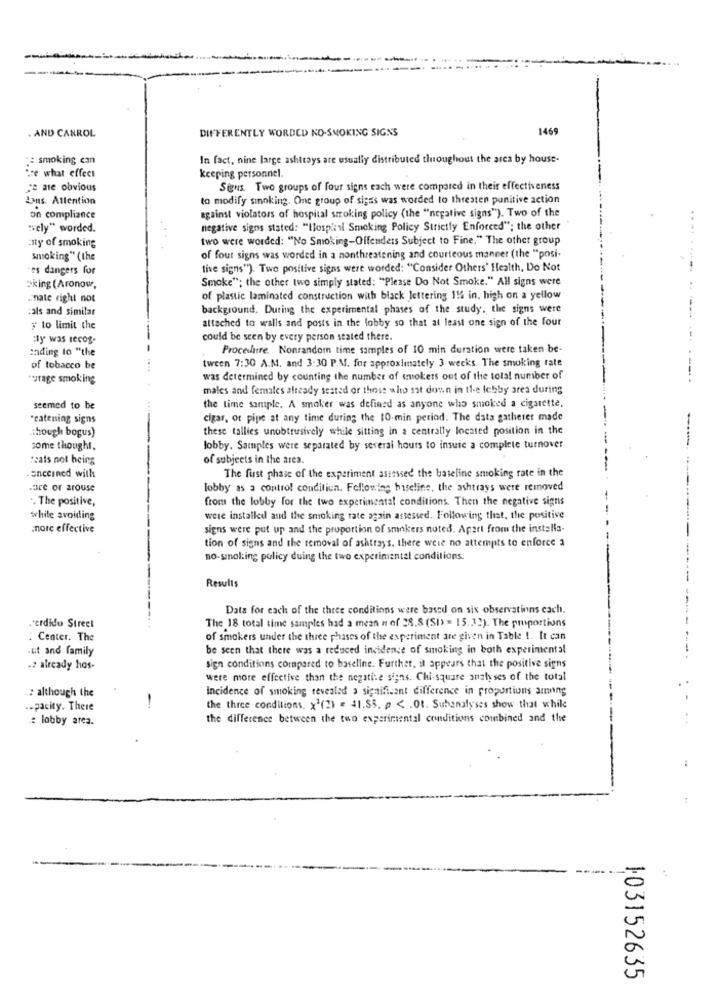
DIFFERENTLY WORDED NO-SMOKING SIGNS
1469
. AND CANROL
:: smoking can
In fact, nine large ashtrays are usually distributed throughout the area by house-
te what effect
keeping personnel.
je ne obvious
Signs. Two groups of four signs each were compared in their effectiveness
Jans. Attention
to modify smoking. One group of signs was worded to threaten punitive action
on compliance
against violators of hospital stroking policy (the "negative signs"). Two of the
"ely" worded.
negative signs stated: "Ilospiil Smoking Policy Strictly Enforced"; the other
Enty of smoking
two were worded: "No Smoking-Offenders Subject to Fine." The other group
smoking" (the
of four signs was worded in a nonthreatening and courteous manner (the "posi-
es dangers for
tive signs"). Two positive signs were worded: "Consider Others' Health, Do Not
.........
Smoke"; the other two simply stated: "Please Do Not Smoke." All signs were
»king (Aronow,
.. nate right not
of plastic laminated construction with black lettering 11 in, high on a yellow
:als and similar
background. During the experimental phases of the study. the signs were
attached to walls and posts in the lobby so that at least one sign of the four
y to limit the
:ty was tecog-
could be seen by every person stated there.
--.
zading to "the
Procedure. Nonrandom time samples of 10 min duration were taken be-
tween 7:30 A.M. and 3:30 P.M. for approximately 3 weeks. The smoking rate
of tobacco be
*urage smoking
was determined by counting the number of smokers out of the total number of
males and females already seated or those who sat down in the lobby area during
seemed to be
the time sample. A smoker was defined as anyone who smoked a cigarette,
"catening signs
cigar, or pipe at any time during the 10-min period. The data gatherer made
though bogus)
these tallies unobtrusively while sitting in a centrally located position in the
some thought.
lobby. Samples were separated by several hours to insuie a complete turnover
Feats not being
of subjects in the area.
.anceined with
The first phase of the experiment assessed the baseline smoking rate in the
.ace or arouse
lobby as a control condiliun. Following biseline, the ashtrays were removed
.. The positive,
from the lobby for the two experimental conditions. Then the negative signs
while avoiding
were installed and the smoking rate again assessed. Following that, the positive
more effective
signs were put up and the proportion of smokers noted. Apart from the installa.
tion of signs and the removal of ashtrays, there were no attempts to enforce a
no-sinolting policy duing the two experimentel conditions.
Results
Data for each of the three conditions were based on six observatinns cach.
The 18 total time samples had a mean n of 28.8 (SI> = 15.32). The proportions
perdido Street
: Center. The
of smokers under the three phases of the experiment are given in Table !. It can
.at and family
be seen that there was a reduced incidence of smoking in both experimental
.2 already hos-
sign conditions compared to baseline. Further, it appears that the positive signs
were more effective than the negative signs. Chi-square analyses of the total
: although the
incidence of smoking revealed a significant difference in proportions among
-
.- pacity. There
the three conditions. x2(2) = 41.55. p <. Ot. Subanalyses show that while
: lobby area.
the difference between the two experimental conditions combined and the
:
103152635